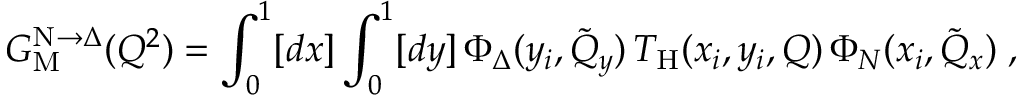
G _ { \mathrm { M } } ^ { \mathrm { N } \to \Delta } ( Q ^ { 2 } ) = \int _ { 0 } ^ { 1 } [ d x ] \int _ { 0 } ^ { 1 } [ d y ] \, \Phi _ { \Delta } ( y _ { i } , \tilde { Q } _ { y } ) \, T _ { \mathrm { H } } ( x _ { i } , y _ { i } , Q ) \, \Phi _ { N } ( x _ { i } , \tilde { Q } _ { x } ) \; ,